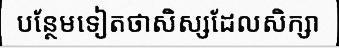
បន្ថែមទៀតថាសិស្សដែលសិក្សា